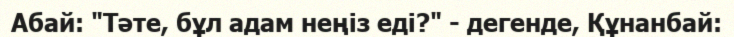
Абай: "Тәте, бұл адам неңіз еді?" - дегенде, Құнанбай: